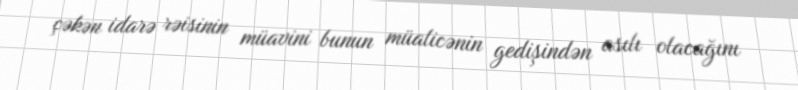
çəkən idarə rəisinin müavini bunun müalicənin gedişindən asılı olacağını